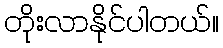
တိုးလာနိုင်ပါတယ်။